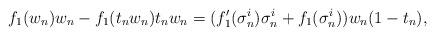
LaTeX: \begin{align*}f_{1}(w_{n})w_{n}-f_{1}(t_{n}w_{n})t_{n}w_{n}=(f_{1}'(\sigma^{i}_{n})\sigma^{i}_{n}+f_{1}(\sigma^{i}_{n}))w_{n}(1-t_{n}),\end{align*}